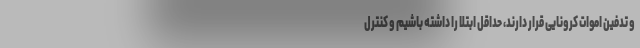
و تدفین اموات کرونایی قرار دارند، حداقل ابتلا را داشته باشیم و کنترل